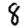
Digit: 8